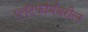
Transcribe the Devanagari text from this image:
प्लॅटफॉर्मवरील